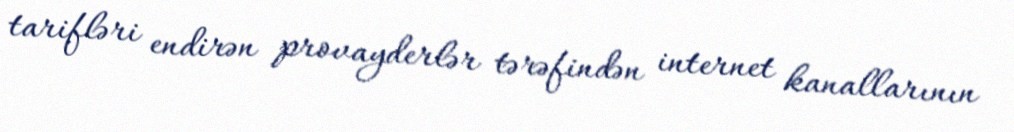
tarifləri endirən provayderlər tərəfindən internet kanallarının